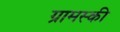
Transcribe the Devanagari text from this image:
ग्रामस्की